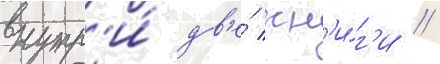
внутр'и́ дв'е́ кн'и́г'и //